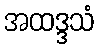
အထဒ္ဒသံ